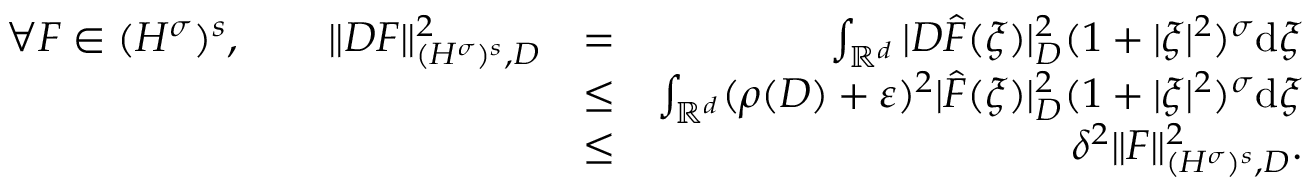
\begin{array} { r l r } { \forall F \in { ( H ^ { \sigma } ) ^ { s } } , \qquad \| D F \| _ { { ( H ^ { \sigma } ) ^ { s } } , D } ^ { 2 } } & { = } & { \int _ { { \mathbb R } ^ { d } } | D \hat { F } ( \xi ) | _ { D } ^ { 2 } ( 1 + | \xi | ^ { 2 } ) ^ { \sigma } \mathrm { d } \xi } \\ & { \leq } & { \int _ { { \mathbb R } ^ { d } } ( \rho ( D ) + \varepsilon ) ^ { 2 } | \hat { F } ( \xi ) | _ { D } ^ { 2 } ( 1 + | \xi | ^ { 2 } ) ^ { \sigma } \mathrm { d } \xi } \\ & { \leq } & { \delta ^ { 2 } \| F \| _ { { ( H ^ { \sigma } ) ^ { s } } , D } ^ { 2 } . } \end{array}